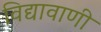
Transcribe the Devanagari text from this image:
विद्यावाणी